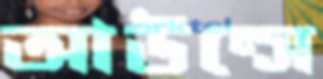
আউন্সে